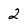
Character: 2